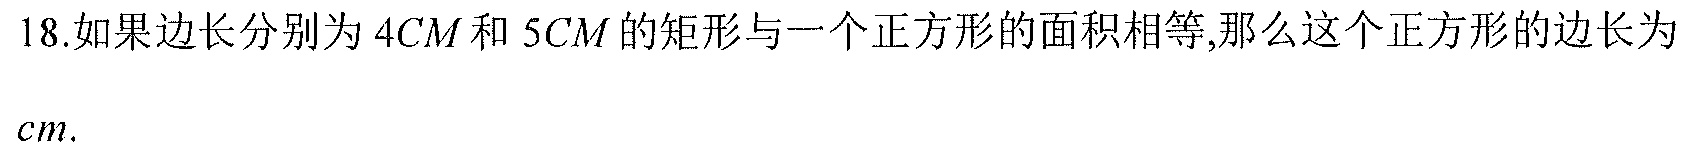
18.如果边长分别为\(4CM\)和\(5CM\)的矩形与一个正方形的面积相等,那么这个正方形的边长为 \(cm\).